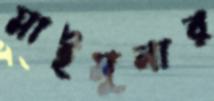
মাইমুনার